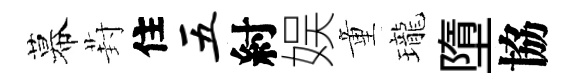
幕葑住五紂娱童瓏墮協